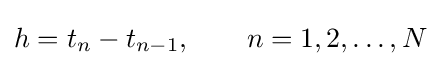
h=t_{n}-t_{n-1},\qquad n=1,2,\ldots ,N